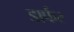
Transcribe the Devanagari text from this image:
डार्फर